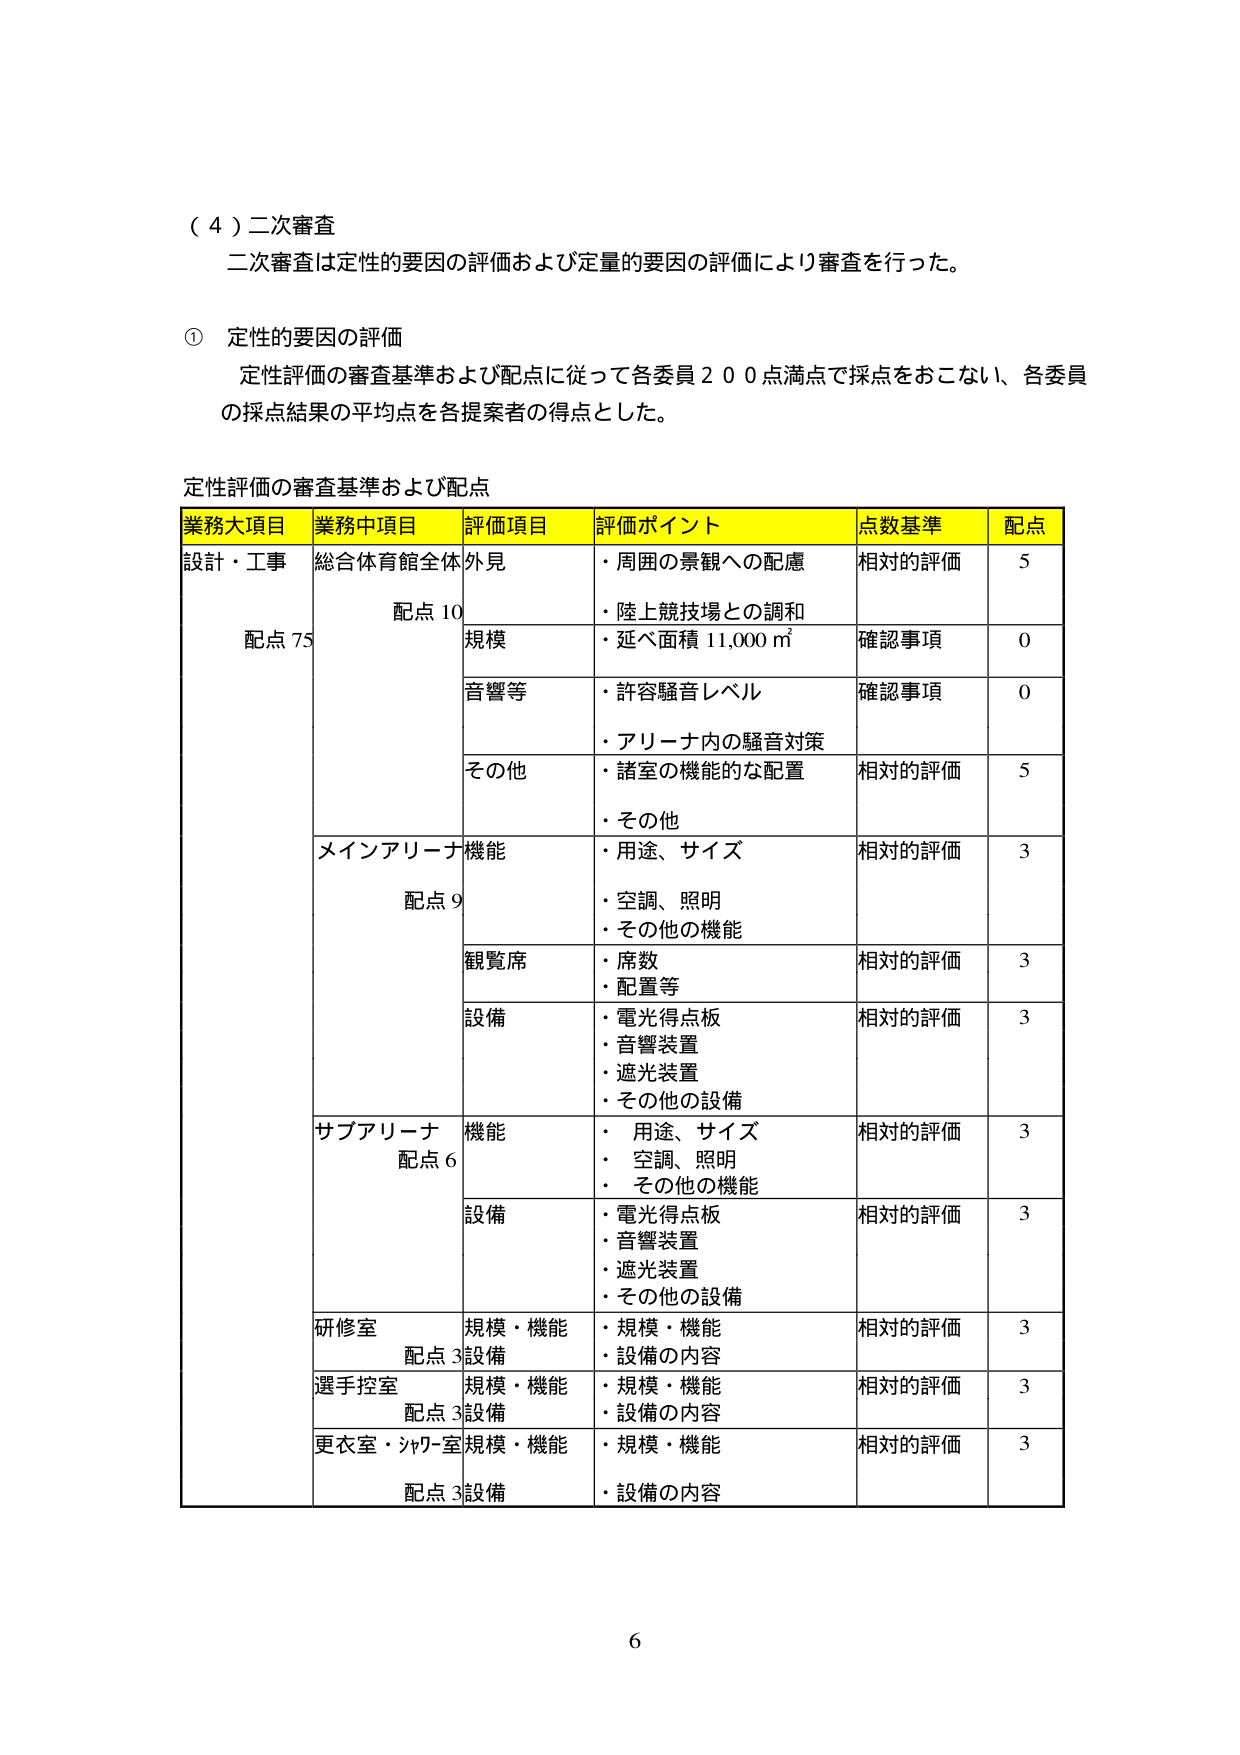
（４）二次審査
二次審査は定性的要因の評価および定量的要因の評価により審査を行った。

① 定性的要因の評価
定性評価の審査基準および配点に従って各委員２００点満点で採点をおこない、各委員の採点結果の平均点を各提案者の得点とした。

定性評価の審査基準および配点

業務大項目　業務中項目　評価項目　評価ポイント　点数基準　配点
設計・工事　総合体育館全体　外見　・周囲の景観への配慮　相対的評価　5
　　　　　　配点10　　　　　　・陸上競技場との調和　確認事項　0
　　　　　　　　　　　　　　規模　・延べ面積 11,000 ㎡　確認事項　0
　　　　　　　　　　　　　　音響等　・許容騒音レベル　確認事項　0
　　　　　　　　　　　　　　　　　　・アリーナ内の騒音対策
　　　　　　　　　　　　　　その他　・諸室の機能的な配置　相対的評価　5
　　　　　　　　　　　　　　　　　　・その他
　　　　　　メインアリーナ　機能　・用途、サイズ　相対的評価　3
　　　　　　　　配点9　　　　　　・空調、照明
　　　　　　　　　　　　　　　　・その他の機能
　　　　　　　　　　　　　　観覧席　・席数　相対的評価　3
　　　　　　　　　　　　　　　　　　・配置等
　　　　　　　　　　　　　　設備　・電光得点板　相対的評価　3
　　　　　　　　　　　　　　　　　　・音響装置
　　　　　　　　　　　　　　　　　　・遮光装置
　　　　　　　　　　　　　　　　　　・その他の設備
　　　　　　サブアリーナ　機能　・用途、サイズ　相対的評価　3
　　　　　　　　配点6　　　　　　・空調、照明
　　　　　　　　　　　　　　　　・その他の機能
　　　　　　　　　　　　　　設備　・電光得点板　相対的評価　3
　　　　　　　　　　　　　　　　　　・音響装置
　　　　　　　　　　　　　　　　　　・遮光装置
　　　　　　　　　　　　　　　　　　・その他の設備
　　　　　　研修室　規模・機能　・規模・機能　相対的評価　3
　　　　　　　　配点3　設備　・設備の内容
　　　　　　選手控室　規模・機能　・規模・機能　相対的評価　3
　　　　　　　　配点3　設備　・設備の内容
　　　　　　更衣室・シャワー室　規模・機能　・規模・機能　相対的評価　3
　　　　　　　　配点3　設備　・設備の内容

6